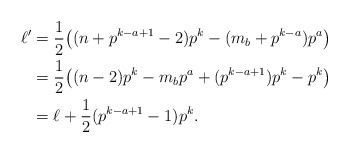
\begin{align*}\ell' &= \frac{1}{2} \big((n+p^{k-a+1}-2)p^k-(m_b+p^{k-a})p^a\big) \\ &= \frac{1}{2}\big( (n-2)p^k- m_bp^a + (p^{k-a+1})p^k -p^k\big) \\ & = \ell + \frac{1}{2}(p^{k-a+1}-1)p^k.\end{align*}